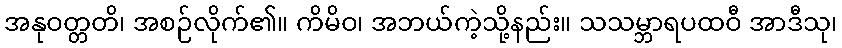
အနုဝတ္တတိ၊ အစဉ်လိုက်၏။ ကိမိဝ၊ အဘယ်ကဲ့သို့နည်း။ သသမ္ဘာရပထဝီ အာဒီသု၊